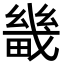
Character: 畿